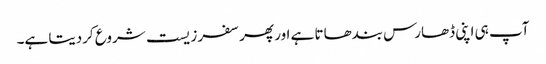
آپ ہی اپنی ڈھارس بندھاتا ہے اور پھر سفر زیست شروع کردیتا ہے۔